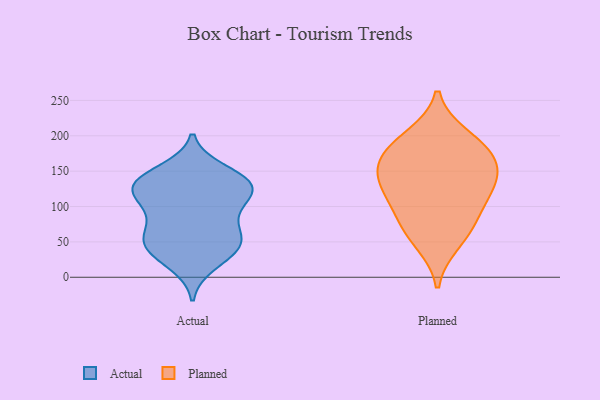
{"axis": {"x": "LTV (USD)", "y": "Value"}, "legend": ["Actual", "Planned"], "data": [{"x": "", "y": 150, "type": "Actual"}, {"x": "", "y": 128, "type": "Actual"}, {"x": "", "y": 34, "type": "Actual"}, {"x": "", "y": 88, "type": "Actual"}, {"x": "", "y": 48, "type": "Actual"}, {"x": "", "y": 141, "type": "Actual"}, {"x": "", "y": 99, "type": "Actual"}, {"x": "", "y": 41, "type": "Actual"}, {"x": "", "y": 56, "type": "Actual"}, {"x": "", "y": 129, "type": "Actual"}, {"x": "", "y": 130, "type": "Actual"}, {"x": "", "y": 131, "type": "Actual"}, {"x": "", "y": 19, "type": "Actual"}, {"x": "", "y": 125, "type": "Actual"}, {"x": "", "y": 64, "type": "Actual"}, {"x": "", "y": 53, "type": "Actual"}, {"x": "", "y": 108, "type": "Actual"}, {"x": "", "y": 82, "type": "Planned"}, {"x": "", "y": 155, "type": "Planned"}, {"x": "", "y": 163, "type": "Planned"}, {"x": "", "y": 199, "type": "Planned"}, {"x": "", "y": 49, "type": "Planned"}, {"x": "", "y": 123, "type": "Planned"}, {"x": "", "y": 169, "type": "Planned"}, {"x": "", "y": 188, "type": "Planned"}, {"x": "", "y": 126, "type": "Planned"}, {"x": "", "y": 74, "type": "Planned"}, {"x": "", "y": 124, "type": "Planned"}]}